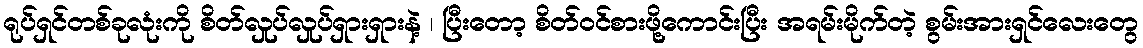
ရုပ်ရှင်တစ်ခုလုံးကို စိတ်လှုပ်လှုပ်ရှားရှားနဲ့ ၊ ပြီးတော့ စိတ်ဝင်စားဖို့ကောင်းပြီး အရမ်းမိုက်တဲ့ စွမ်းအားရှင်လေးတွေ